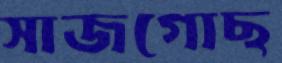
সাজগোছ